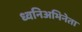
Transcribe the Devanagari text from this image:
ध्वनिअभिनेता